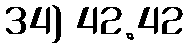
34) 42.42